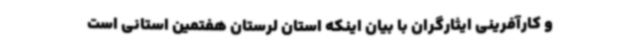
و کارآفرینی ایثارگران با بیان اینکه استان لرستان هفتمین استانی است